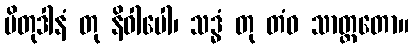
ပိတုဒါနံ တု နိဝါပေါ၊ သဒ္ဓံ တု တံဝ သာတ္ထတော။